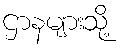
ဌာနများသို့